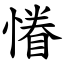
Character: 慻